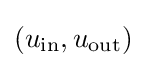
(u_{\mathrm {in} },u_{\mathrm {out} })